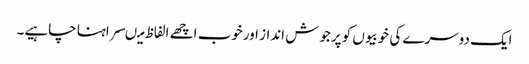
ایک دوسرے کی خوبیوں کو پرجوش انداز اورخوب اچھے الفاظ میںسراہنا چاہیے۔